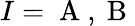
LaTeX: I=\mathrm{~A~},\mathrm{~B~}